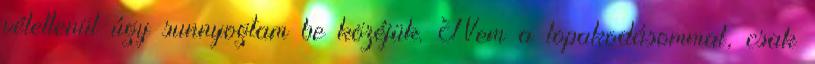
véletlenül úgy sunnyogtam be közéjük. Nem a lopakodásommal, csak